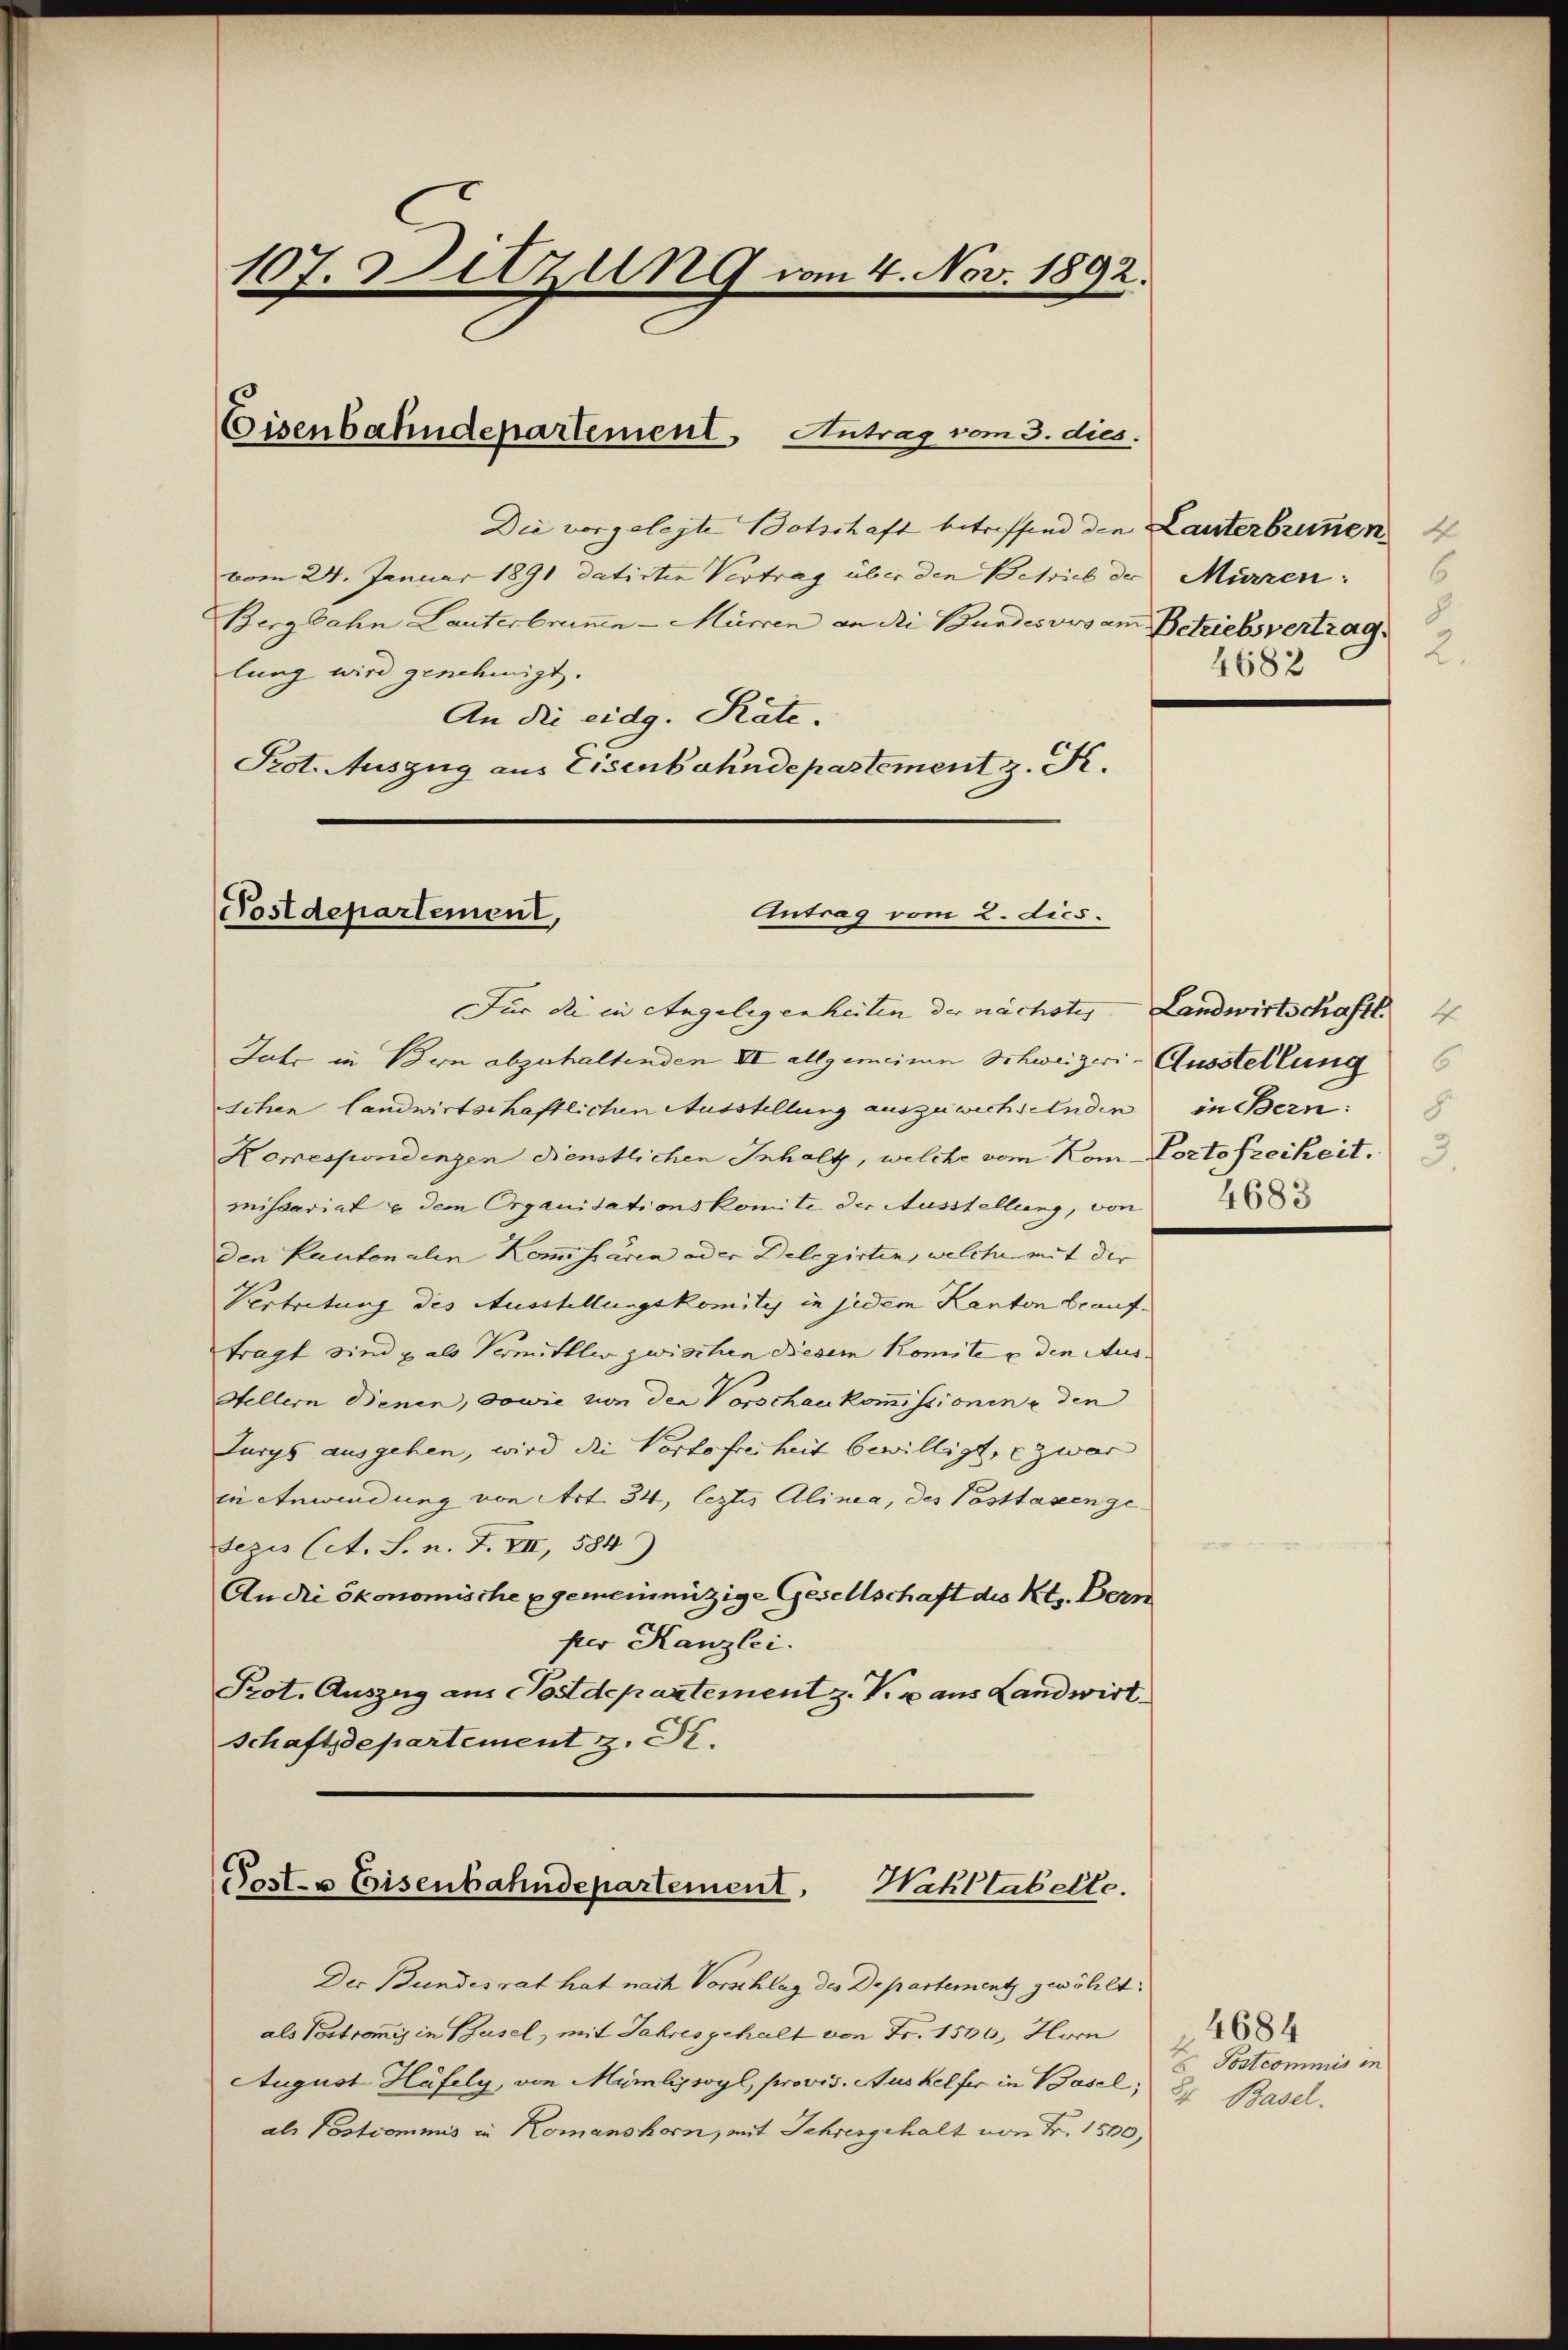
107. Sitzung vom 4. Nov. 1892.

Eisenbahndepartement Antrag vom 3. dies

Antrag vom 2. dies
Postdepartement,

Für die in Angelegenheiten der nächster Landwirtschaftl
Jahr in Bern abzuhaltenden II allgemeinen Schweizeri-Ausstellung
schen landwirtschaftlichen Ausstellung auszuwechselnden in Bern:
Komespondenzen dienstlichen Inhalt, welche vom Kom Portofreiheit.
missariat e dem Organisationskomite der Ausstellung, von
den Kantonalen Kommissären oder Delegirten, welche mit der
Vertretung des Ausstellungskomity in jedem Kanton beauftragt sind p. als Vermittler zwischen diesem Komite u den Aus¬
Hellern Dienen, sowie von den Vorschaukommissionen u den
Jurys ausgehen, wird die Portofreiheit bewilligt, e zwar
in Anwendung von Art. 34, leztes Alinea, des Posttassen ge¬
Sezis Cat. S. n. F. VII, 584)
An die ökonomische gemeinnützige Gesellschaft des Kts. Bern
ster Kanzlei.
Prot. Auszug aus Postdepartement z. B. aus Landwirt
Schaftsdepartement z. St.

Die vorgelegte Botschaft betreffend den Lauterbummen
vom 24. Januar 1891 datirten Vertrag über den Betrieb der Mürren:
Bergbahn Lauterbrunnen-Mürren an die Bundesves am Betriebsvertrag
lung wird genehmigt.
An die eidg. Räte.
Prot. Auszug aus Eisenbahndepastement z. K.

Post- & Eisenbahndepartement,
Wakltabelle.

6
2
4682

Der Bundesrat hat nach Vorschlag des Departementz zwöhlt:
als Vortraniz in Basel, mit Jahres gehalt von Fr. 1500, Hoc
August Häfely, von Mümlysoyl, provis. Aushelfer in Basel;
als Postcommis in Komanshorn, mit Schresgehalt von Fr. 1500,

8

Postcommis in
24 Basel.

4684